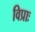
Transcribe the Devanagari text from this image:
विप्राः